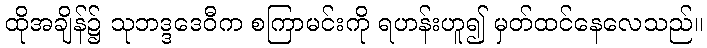
ထိုအချိန်၌ သုဘဒ္ဒဒေဝီက စကြာမင်းကို ရဟန်းဟူ၍ မှတ်ထင်နေလေသည်။